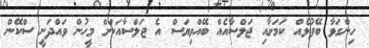
ހިންގަވާ ބޭފުޅެއް ކަމަށާއި ޖަލްސާއެއް ބޭއްވިޔަސް އެ ޖަލްސާއަކަށް މީހުން ވައްދަނީ ސްކޭން